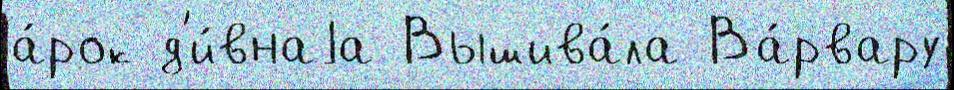
а́рок д'и́внаjа Вышива́ла Ва́рвару